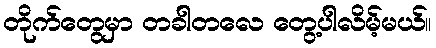
တိုက်တွေမှာ တခါတလေ တွေ့ပါလိမ့်မယ်။